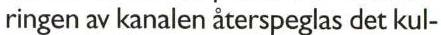
ringen av kanalen återspeglas det kul-